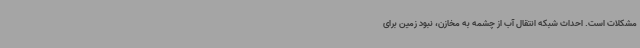
مشکلات است. احداث شبکه انتقال آب از چشمه به مخازن، نبود زمین برای